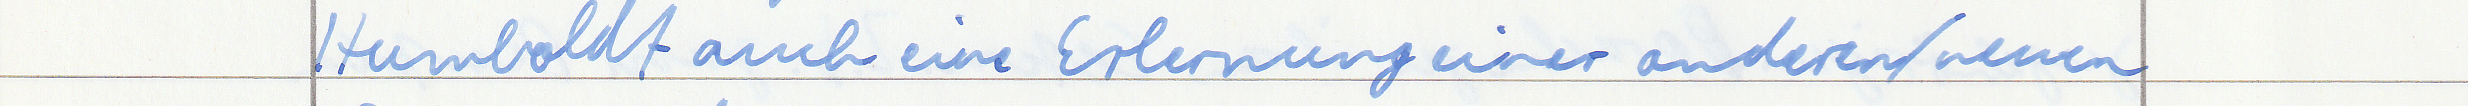
Humboldt auch eine Erlernung einer anderen / neuen